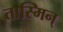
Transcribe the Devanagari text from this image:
तास्मिन्